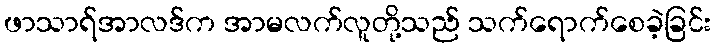
ဖာသာရ်အာလဒ်က အာမလက်လူတို့သည် သက်ရောက်စေခဲ့ခြင်း